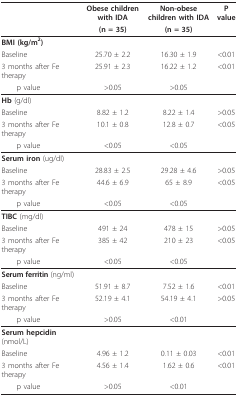
|  | Obese children with IDA | Non-obese children with IDA | P value |
 |  | (n = 35) | (n = 35) |  |
 | --- | --- | --- | --- |
 | BMI (kg/m2) |  |  |  |
 | Baseline | 25.70 ± 2.2 | 16.30 ± 1.9 | <0.01 |
 | 3 months after Fe therapy | 25.91 ± 2.3 | 16.22 ± 1.2 | <0.01 |
 | p value | >0.05 | >0.05 |  |
 | Hb (g/dl) |  |  |  |
 | Baseline | 8.82 ± 1.2 | 8.22 ± 1.4 | >0.05 |
 | 3 months after Fe therapy | 10.1 ± 0.8 | 12.8 ± 0.7 | <0.05 |
 | p value | <0.05 | <0.05 |  |
 | Serum iron (ug/dl) |  |  |  |
 | Baseline | 28.83 ± 2.5 | 29.28 ± 4.6 | >0.05 |
 | 3 months after Fe therapy | 44.6 ± 6.9 | 65 ± 8.9 | <0.05 |
 | p value | <0.05 | <0.05 |  |
 | TIBC (mg/dl) |  |  |  |
 | Baseline | 491 ± 24 | 478 ± 15 | >0.05 |
 | 3 months after Fe therapy | 385 ± 42 | 210 ± 23 | <0.05 |
 | p value | <0.05 | <0.05 |  |
 | Serum ferritin (ng/ml) |  |  |  |
 | Baseline | 51.91 ± 8.7 | 7.52 ± 1.6 | <0.01 |
 | 3 months after Fe therapy | 52.19 ± 4.1 | 54.19 ± 4.1 | >0.05 |
 | p value | >0.05 | <0.01 |  |
 | Serum hepcidin (nmol/L) |  |  |  |
 | Baseline | 4.96 ± 1.2 | 0.11 ± 0.03 | <0.01 |
 | 3 months after Fe therapy | 4.56 ± 1.4 | 1.62 ± 0.6 | <0.01 |
 | p value | >0.05 | <0.01 |  |